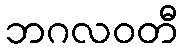
ဘဂလဝတီ